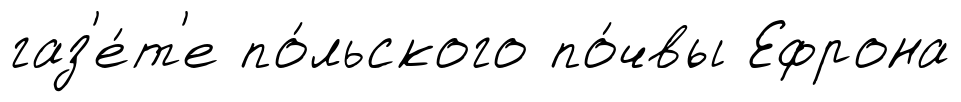
газ'е́т'е по́льского по́чвы Ефрона